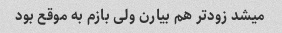
میشد زودتر هم بیارن ولی بازم به موقع بود